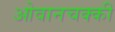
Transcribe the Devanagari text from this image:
ओवानचक्की